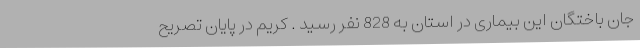
جان باختگان این بیماری در استان به 828 نفر رسید . کریم در پایان تصریح